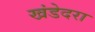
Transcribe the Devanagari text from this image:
खंडेदरा